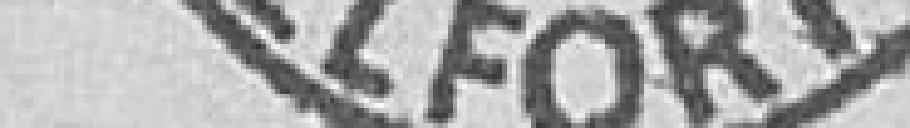
Ville de Belfort Archives